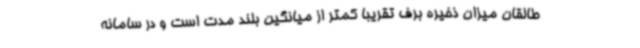
طالقان میزان ذخیره برف تقریبا کمتر از میانگین بلند مدت است و در سامانه